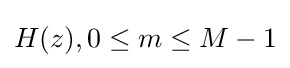
H(z),0\leq m\leq M-1